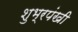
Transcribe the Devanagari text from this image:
शुभ्रपंखी